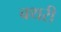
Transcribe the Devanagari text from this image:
बथरी